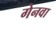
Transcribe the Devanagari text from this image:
गेनवा